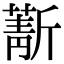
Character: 𣃄